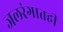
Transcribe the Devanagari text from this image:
जलरंगातही